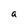
Character: a